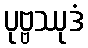
ပုဗ္ဗဿုဒံ